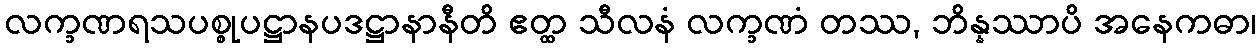
လက္ခဏရသပစ္စုပဋ္ဌာနပဒဋ္ဌာနာနီတိ ဧတ္ထ သီလနံ လက္ခဏံ တဿ, ဘိန္နဿာပိ အနေကဓာ၊